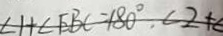
\angle 1 + \angle E B C = 1 8 0 ^ { \circ } , \angle 2 + \angle